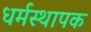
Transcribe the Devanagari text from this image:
धर्मस्थापक